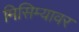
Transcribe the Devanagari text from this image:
मिसिम्यावर